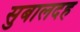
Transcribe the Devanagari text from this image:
सुबालदह